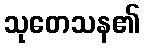
သုတေသန၏